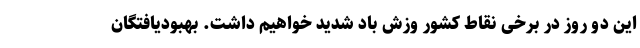
این دو روز در برخی نقاط کشور وزش باد شدید خواهیم داشت. بهبودیافتگان